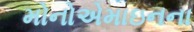
મોનોએમાઇનના